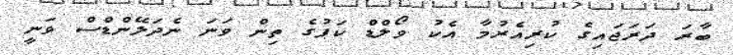
ބާރަ ދަރަޖައިގެ ކުރިއެރުމާ އެކު ވޯލްޑް ކަޕުގެ ތިން ވަނަ ނެދަލޭންޑްސް ވަނީ